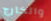
والخارج